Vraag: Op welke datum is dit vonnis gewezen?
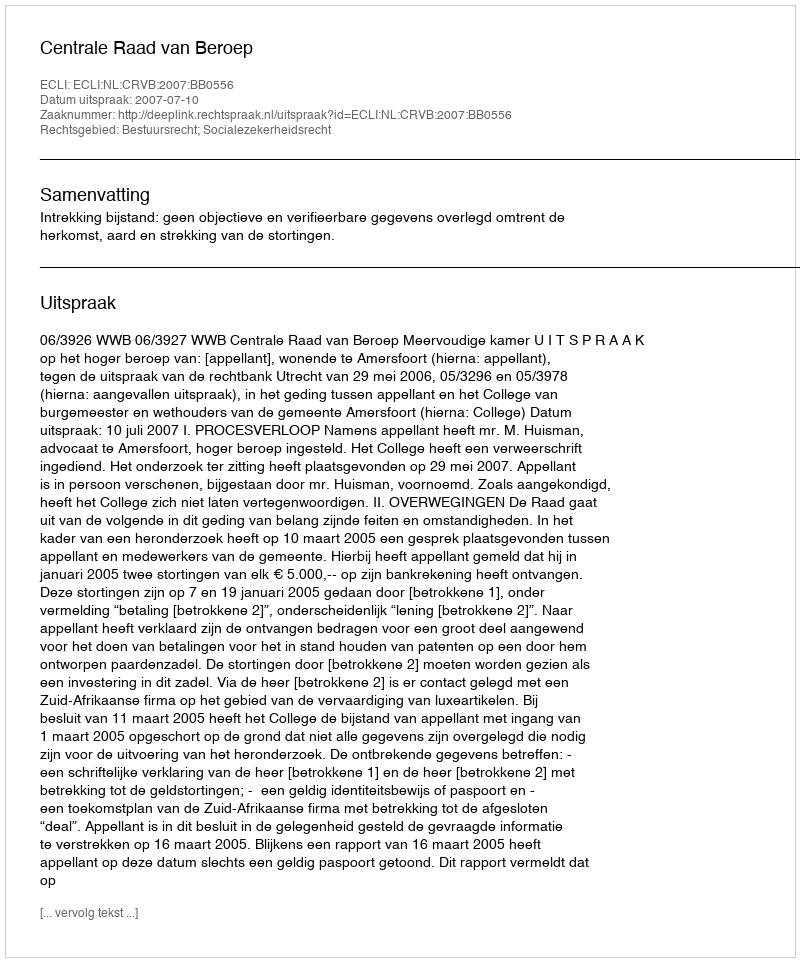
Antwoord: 2007-07-10